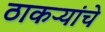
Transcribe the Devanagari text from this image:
ठाकऱ्यांचे